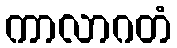
ကာလာဂတံ